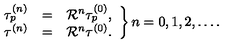
\left. \begin{array} { r c l } { \tau _ { p } ^ { ( n ) } } & { = } & { { \cal R } ^ { n } \tau _ { p } ^ { ( 0 ) } , } \\ { \tau ^ { ( n ) } } & { = } & { { \cal R } ^ { n } \tau ^ { ( 0 ) } . } \\ \end{array} \right\} n = 0 , 1 , 2 , \ldots .